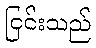
ငြင်းသည်